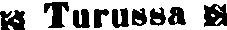
# Turussa #